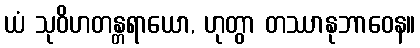
ယံ သုဝိဟတန္တရာယော, ဟုတွာ တဿာနုဘာဝေန။